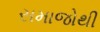
સમાજોથી